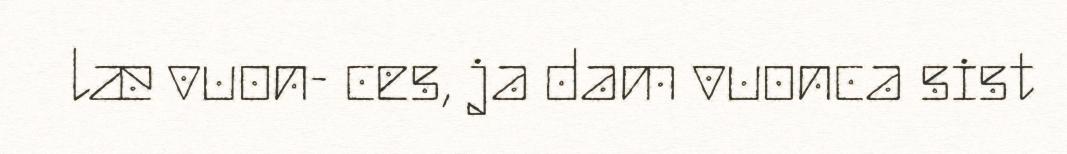
læ vuon- ces, ja dam vuonca sist